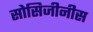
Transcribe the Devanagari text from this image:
सोसिजीनीस